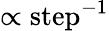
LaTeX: \propto\mathrm{step}^{-1}